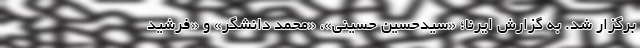
برگزار شد. به گزارش ایرنا؛ «سیدحسین حسینی»، «محمد دانشگر» و «فرشید